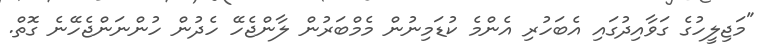
"މަޖިލީހުގެ ގަވާއިދުގައި އެބަހުރި އެންމެ ކުޑަމިނުން މެމްބަރުން ލާންޖެހޭ ހެދުން ހުންނަންޖެހޭނެ ގޮތް.